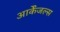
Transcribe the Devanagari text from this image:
आर्केंजल्स